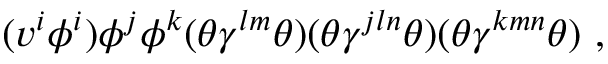
( v ^ { i } \phi ^ { i } ) \phi ^ { j } \phi ^ { k } ( \theta \gamma ^ { l m } \theta ) ( \theta \gamma ^ { j l n } \theta ) ( \theta \gamma ^ { k m n } \theta ) ~ ,